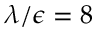
\lambda / \epsilon = 8